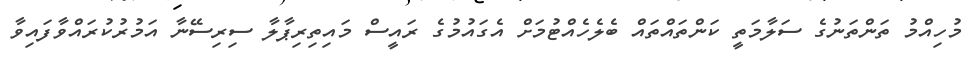
މުހިއްމު ތަންތަނުގެ ސަލާމަތީ ކަންތައްތައް ބެލެހެއްޓުމަށް އެގައުމުގެ ރައީސް މައިތިރިޕާލާ ސިރިސޭނާ އަމުރުކުރައްވާފައިވާ